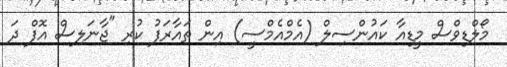
މޯލްޑިވްސް މީޑިއާ ކައުންސިލް (އެމްއެމްސީ) އިން ތައާރަފު ކުރި "ޖާނަލިސް އޮފް ދަ